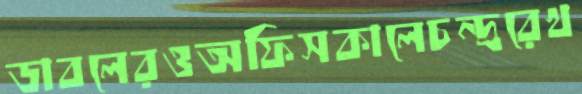
ডাবলেরওঅফিসকালেচন্দ্ররেখ